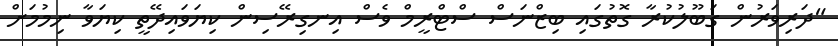
"ދަރިވަރުން ގަބޫލުކުރާ ގޮތުގައި ބިޒްނަސް ސްޓްރީމް ވެސް އިނގިރޭސިން ކިޔަވައިދޭތީ ކިޔަވާ ނިމުމަށް